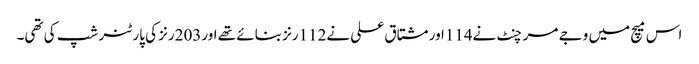
اس میچ میں وجے مرچنٹ نے114اور مشتاق علی نے112رنز بنائے تھے اور203رنز کی پارٹنر شپ کی تھی۔